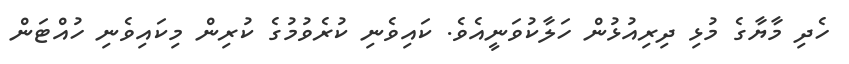
ހެދި މާޔާގެ މުޅި ދިރިއުޅުން ހަލާކުވަނީއެވެ. ކައިވެނި ކުރެވުމުގެ ކުރިން މިކައިވެނި ހުއްޓަން